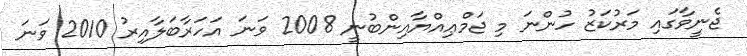
ޖެނީވާގައި މަރުކަޒު ހުންނަ މި ޖަމްޢިއްޔާއިންބުނީ 2008 ވަނަ އަހަރާބަލާއިރު 2010 ވަނަ